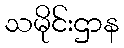
သမိုင်းဌာန